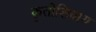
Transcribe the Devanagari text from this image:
कृतीशिवाय